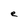
Character: e